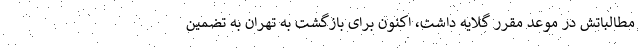
مطالباتش در موعد مقرر گلایه داشت، اکنون برای بازگشت به تهران به تضمین